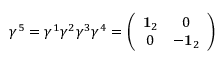
\gamma ^ { 5 } = \gamma ^ { 1 } \gamma ^ { 2 } \gamma ^ { 3 } \gamma ^ { 4 } = \left( \begin{array} { c c } { { { \bf 1 } _ { 2 } } } & { { 0 } } \\ { { 0 } } & { { - { \bf 1 } _ { 2 } } } \end{array} \right)